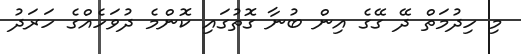
މި ހިދުމަތް ދޭ ގޭގެ އިން ބުނާ ގޮތުގައި ކޮންމެ ދުވަހެއްގެ ހަރަދު